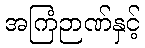
အကြံဉာဏ်နှင့်